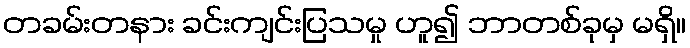
တခမ်းတနား ခင်းကျင်းပြသမှု ဟူ၍ ဘာတစ်ခုမှ မရှိ။